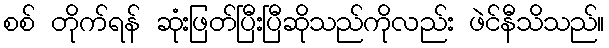
စစ် တိုက်ရန် ဆုံးဖြတ်ပြီးပြီဆိုသည်ကိုလည်း ဖဲင်နီသိသည်။